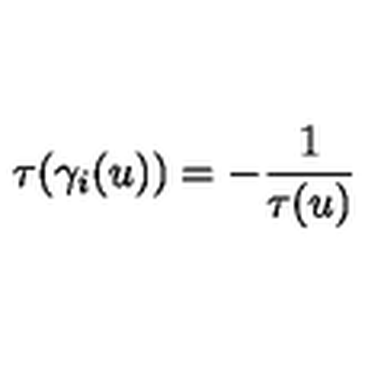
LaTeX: \tau ( \gamma _ { i } ( u ) ) = - \frac { 1 } { \tau ( u ) }